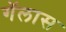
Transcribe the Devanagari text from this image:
गॅलास